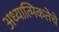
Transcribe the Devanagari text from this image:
अध्यात्मिकतेचे